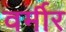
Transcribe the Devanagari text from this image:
वर्मीर